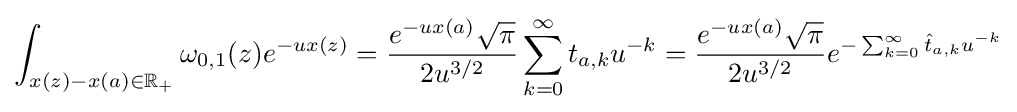
\int _{x(z)-x(a)\in \mathbb {R} _{+}}\omega _{0,1}(z)e^{-ux(z)}={\frac {e^{-ux(a)}{\sqrt {\pi }}}{2u^{3/2}}}\sum _{k=0}^{\infty }t_{a,k}u^{-k}={\frac {e^{-ux(a)}{\sqrt {\pi }}}{2u^{3/2}}}e^{-\sum _{k=0}^{\infty }{\hat {t}}_{a,k}u^{-k}}